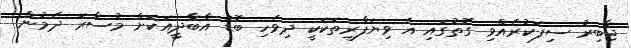
ޖާބިރު ސިފަކުރެއްވި ގޮތުގައި އެ ވިޔަފާރިތަކަކީ ދިވެހި ބޮޑު އާބާދީއަކަށް މުސާރަ ދެމުން